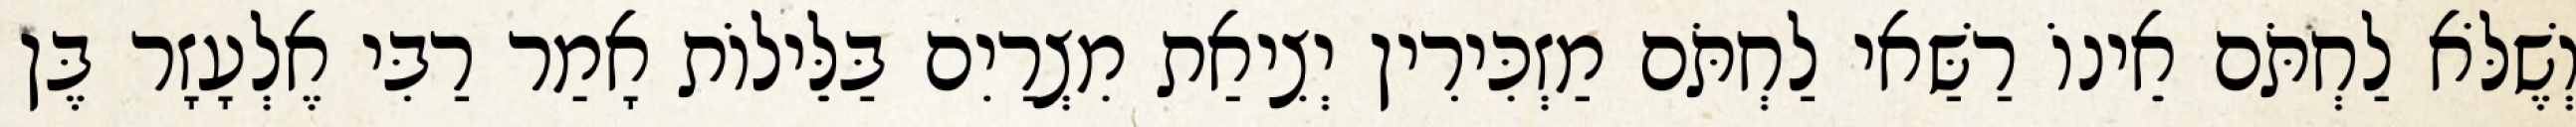
וְשֶׁלֹּא לַחְתֹּם אֵינוֹ רַשַּׁאי לַחְתֹּם מַזְכִּירִין יְצִיאַת מִצְרַיִם בַּלֵּילוֹת אָמַר רַבִּי אֶלְעָזָר בֶּן